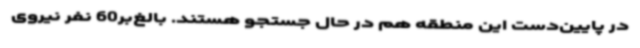
در پایین‌دست این منطقه هم در حال جستجو هستند. بالغ‌بر60 نفر نیروی